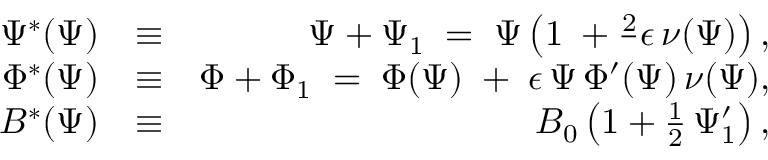
\begin{array} { r l r } { \Psi ^ { * } ( \Psi ) } & { \equiv } & { \Psi + \Psi _ { 1 } \; = \; \Psi \left( 1 \; + \frac 2 \, \epsilon \, \nu ( \Psi ) \right) , } \\ { \Phi ^ { * } ( \Psi ) } & { \equiv } & { \Phi + \Phi _ { 1 } \; = \; \Phi ( \Psi ) \; + \; \epsilon \, \Psi \, \Phi ^ { \prime } ( \Psi ) \, \nu ( \Psi ) , } \\ { B ^ { * } ( \Psi ) } & { \equiv } & { B _ { 0 } \left( 1 + \frac { 1 } { 2 } \, \Psi _ { 1 } ^ { \prime } \right) , } \end{array}